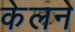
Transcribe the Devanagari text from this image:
केलने